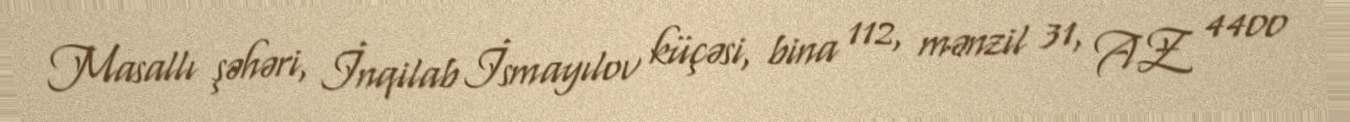
Masallı şəhəri, İnqilab İsmayılov küçəsi, bina 112, mənzil 31, AZ 4400